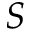
S